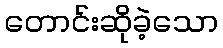
တောင်းဆိုခဲ့သော